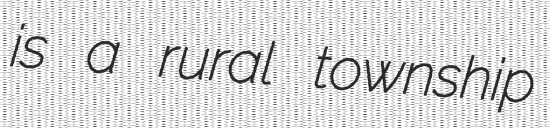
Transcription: is a rural township